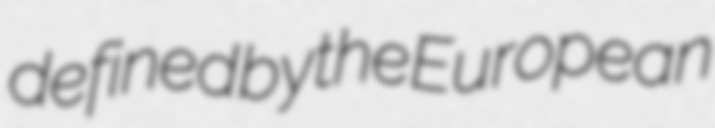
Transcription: defined by the European